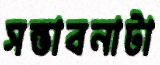
সম্ভাবনাটা